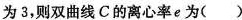
为3，则双曲线C的离心率e为（）